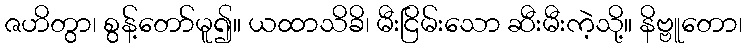
ဇဟိတွာ၊ စွန့်တော်မူ၍။ ယထာသိခိ၊ မီးငြိမ်းသော ဆီးမီးကဲ့သို့။ နိဗ္ဗူတော၊